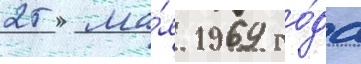
25 ма́я 1969 го́да